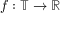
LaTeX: f : \mathbb { T } \rightarrow \mathbb { R }